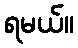
ရမယ်။